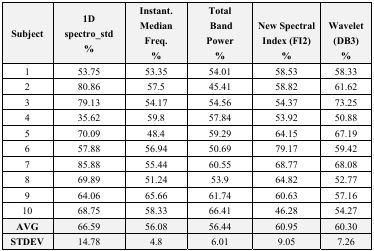
<table><thead><tr><td><b>Subject</b></td><td><b>1D spectro_std %</b></td><td><b>Instant. Median Freq. %</b></td><td><b>Total Band Power %</b></td><td><b>New Spectral Index (FI2) %</b></td><td><b>Wavelet (DB3) %</b></td></tr></thead><tbody><tr><td>1</td><td>53.75</td><td>53.35</td><td>54.01</td><td>58.53</td><td>58.33</td></tr><tr><td>2</td><td>80.86</td><td>57.5</td><td>45.41</td><td>58.82</td><td>61.62</td></tr><tr><td>3</td><td>79.13</td><td>54.17</td><td>54.56</td><td>54.37</td><td>73.25</td></tr><tr><td>4</td><td>35.62</td><td>59.8</td><td>57.84</td><td>53.92</td><td>50.88</td></tr><tr><td>5</td><td>70.09</td><td>48.4</td><td>59.29</td><td>64.15</td><td>67.19</td></tr><tr><td>6</td><td>57.88</td><td>56.94</td><td>50.69</td><td>79.17</td><td>59.42</td></tr><tr><td>7</td><td>85.88</td><td>55.44</td><td>60.55</td><td>68.77</td><td>68.08</td></tr><tr><td>8</td><td>69.89</td><td>51.24</td><td>53.9</td><td>64.82</td><td>52.77</td></tr><tr><td>9</td><td>64.06</td><td>65.66</td><td>61.74</td><td>60.63</td><td>57.16</td></tr><tr><td>10</td><td>68.75</td><td>58.33</td><td>66.41</td><td>46.28</td><td>54.27</td></tr><tr><td><b>AVG</b></td><td>66.59</td><td>56.08</td><td>56.44</td><td>60.95</td><td>60.30</td></tr><tr><td><b>STDEV</b></td><td>14.78</td><td>4.8</td><td>6.01</td><td>9.05</td><td>7.26</td></tr></tbody></table>